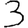
Digit: 3